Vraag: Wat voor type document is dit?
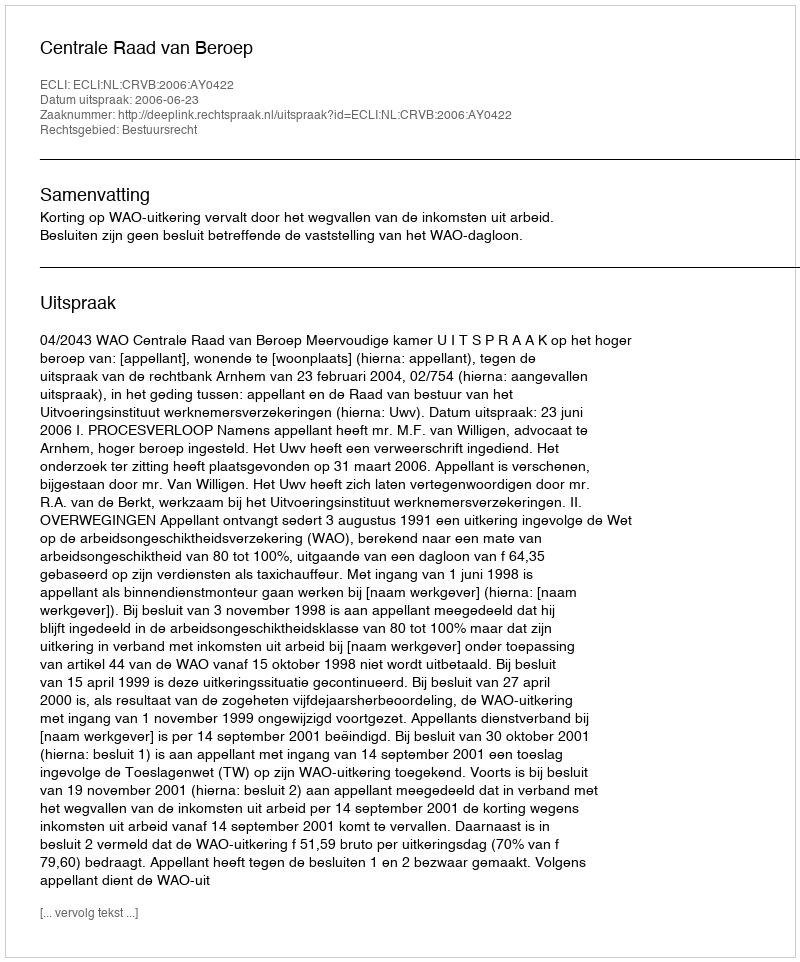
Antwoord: Uitspraak